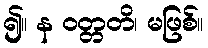
၍။ န ဝတ္တတိ၊ မဖြစ်။